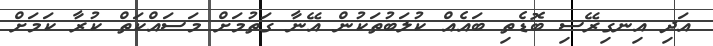
އަދި އިނގިރޭސި ބޮޑެތި ބައެއް ކުލަބުތަކުން އޭނާ ގަތުމަށް މަސައްކަތް ކުރާ ކަމަށް